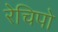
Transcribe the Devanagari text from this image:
रेचिपो